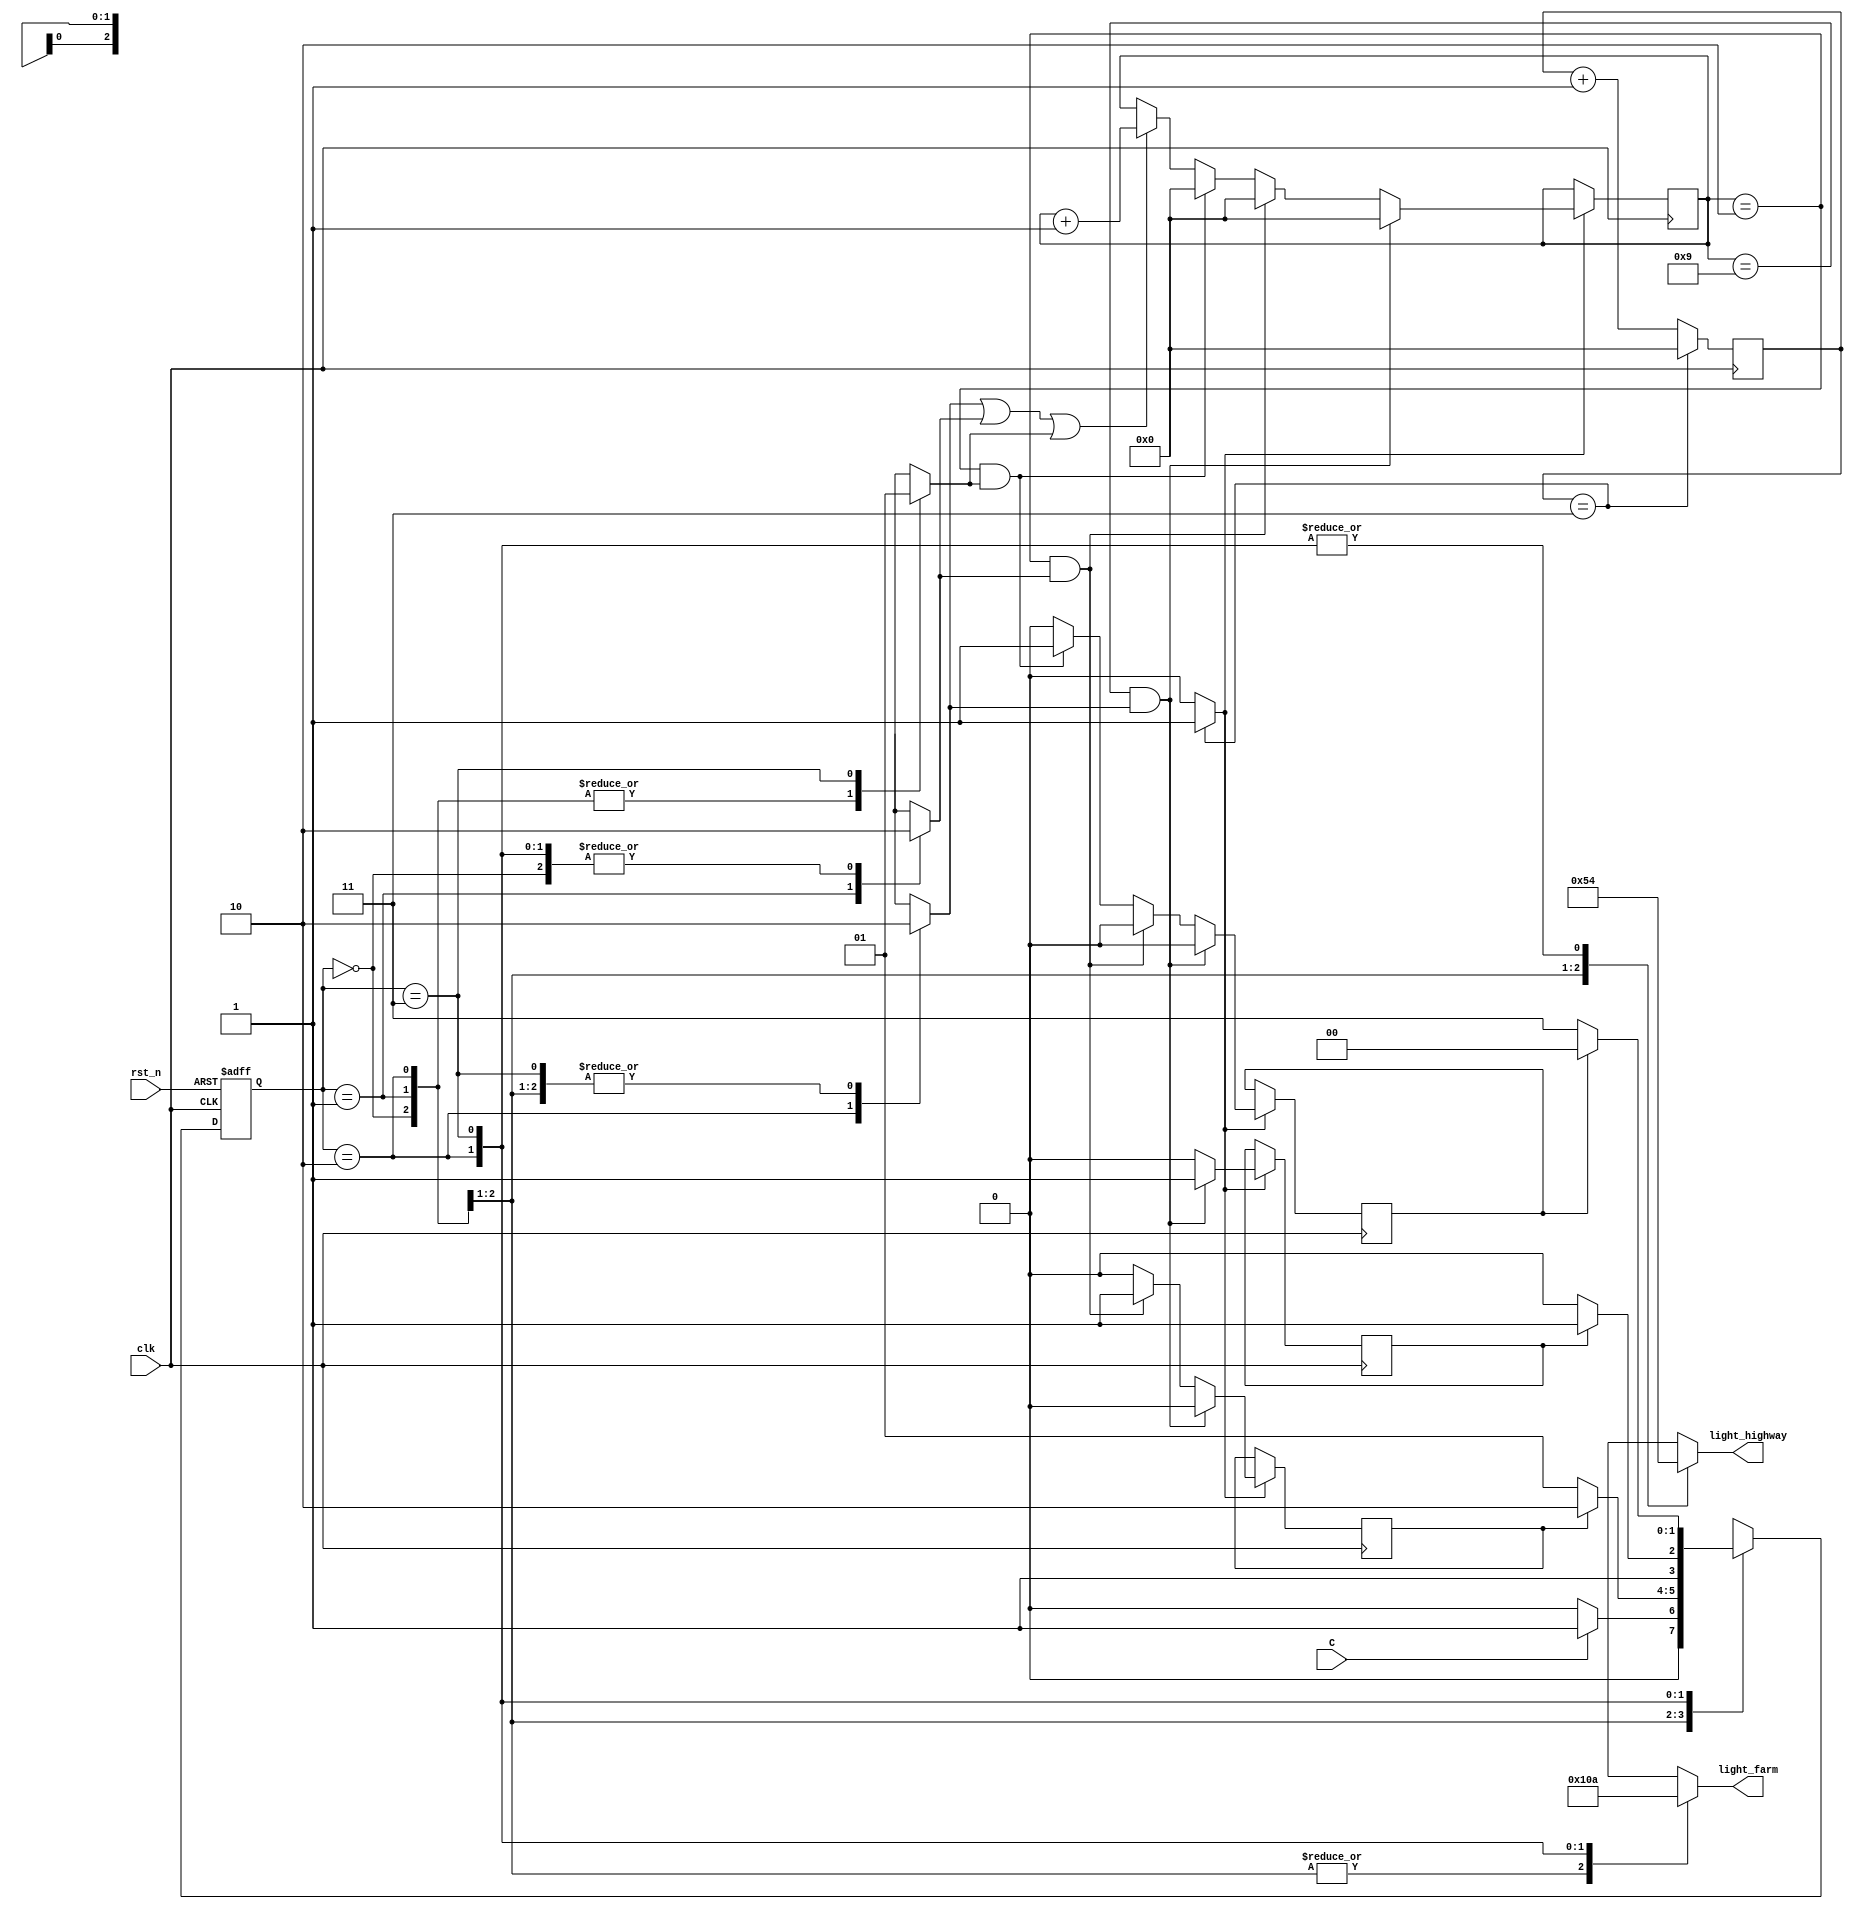
//Design File for traffic light controller

module pes_traffic(light_highway, light_farm, C, clk, rst_n);
parameter HGRE_FRED=2'b00, // Highway green and farm red
   HYEL_FRED = 2'b01,// Highway yellow and farm red
   HRED_FGRE=2'b10,// Highway red and farm green
   HRED_FYEL=2'b11;// Highway red and farm yellow
input C, // sensor
   clk, // clock = 50 MHz
   rst_n; // reset active low
output reg[2:0] light_highway, light_farm; // output of lights
  
reg[27:0] count=0,count_delay=0;
reg delay10s=0, delay3s1=0,delay3s2=0,RED_count_en=0,YELLOW_count_en1=0,YELLOW_count_en2=0;
wire clk_enable; // clock enable signal for 1s
reg[1:0] state, next_state;
// next state
always @(posedge clk or negedge rst_n)
begin
if(~rst_n)
 state <= 2'b00;
else 
 state <= next_state; 
end
// FSM
always @(*)
begin
case(state)
HGRE_FRED: begin // Green on highway and red on farm way
 RED_count_en=0;
 YELLOW_count_en1=0;
 YELLOW_count_en2=0;
 light_highway = 3'b001;
 light_farm = 3'b100;
 if(C) next_state = HYEL_FRED; 
 // if sensor detects vehicles on farm road, 
 // turn highway to yellow -> green
 else next_state =HGRE_FRED;
end
HYEL_FRED: begin// yellow on highway and red on farm way
  light_highway = 3'b010;
  light_farm = 3'b100;
  RED_count_en=0;
 YELLOW_count_en1=1;
 YELLOW_count_en2=0;
  if(delay3s1) next_state = HRED_FGRE;
  // yellow for 3s, then red
  else next_state = HYEL_FRED;
end
HRED_FGRE: begin// red on highway and green on farm way
 light_highway = 3'b100;
 light_farm = 3'b001;
 RED_count_en=1;
 YELLOW_count_en1=0;
 YELLOW_count_en2=0;
 if(delay10s) next_state = HRED_FYEL;
 // red in 10s then turn to yello -> green again for high way
 else next_state =HRED_FGRE;
end
HRED_FYEL:begin// red on highway and yellow on farm way
 light_highway = 3'b100;
 light_farm = 3'b010;
 RED_count_en=0;
 YELLOW_count_en1=0;
 YELLOW_count_en2=1;
 if(delay3s2) next_state = HGRE_FRED;
 // turn green for highway, red for farm road
 else next_state =HRED_FYEL;
end
default: next_state = HGRE_FRED;
endcase
end
// create red and yellow delay counts
always @(posedge clk)
begin
if(clk_enable==1) begin
 if(RED_count_en||YELLOW_count_en1||YELLOW_count_en2)
  count_delay <=count_delay + 1;
  if((count_delay == 9)&&RED_count_en) 
  begin
   delay10s=1;
   delay3s1=0;
   delay3s2=0;
   count_delay<=0;
  end
  else if((count_delay == 2)&&YELLOW_count_en1) 
  begin
   delay10s=0;
   delay3s1=1;
   delay3s2=0;
   count_delay<=0;
  end
  else if((count_delay == 2)&&YELLOW_count_en2) 
  begin
   delay10s=0;
   delay3s1=0;
   delay3s2=1;
   count_delay<=0;
  end
  else
  begin
   delay10s=0;
   delay3s1=0;
   delay3s2=0;
  end 
 end
end
// create 1s clock enable 
always @(posedge clk)
begin
 count <=count + 1;
 //if(count == 50000000) // 50,000,000 for 50 MHz clock running on real FPGA
 if(count == 3) // for testbench
  count <= 0;
end
 assign clk_enable = count==3 ? 1: 0; // 50,000,000 for 50MHz running on FPGA
endmodule